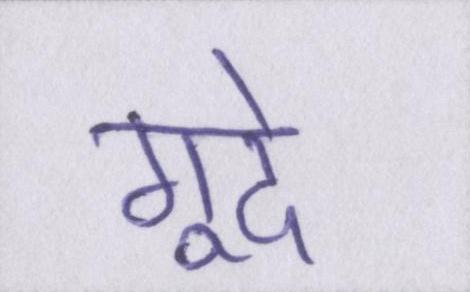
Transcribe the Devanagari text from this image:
गूदे